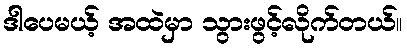
ဒါပေမယ့် အထဲမှာ သွားဖွင့်လိုက်တယ်။